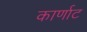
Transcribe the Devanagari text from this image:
कार्णाट